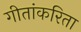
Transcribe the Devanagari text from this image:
गीतांकरिता